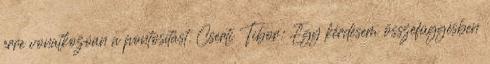
erre vonatkozóan a pontosítást. Cserti Tibor: Egy kérdésem összefüggésben